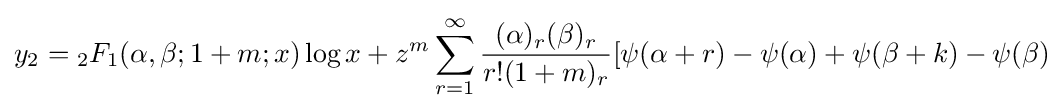
y_{2}={_{2}F_{1}}(\alpha ,\beta ;1+m;x)\log x+z^{m}\sum _{r=1}^{\infty }{\frac {(\alpha )_{r}(\beta )_{r}}{r!(1+m)_{r}}}[\psi (\alpha +r)-\psi (\alpha )+\psi (\beta +k)-\psi (\beta )